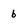
Character: b